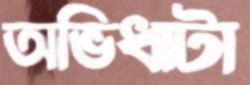
অভিধাটা